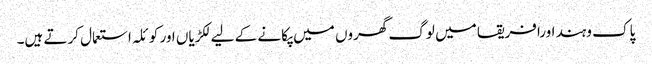
پاک وہند اورافریقا میں لوگ گھروں میں پکانے کے لیے لکڑیاں اور کوئلہ استعمال کرتے ہیں۔